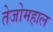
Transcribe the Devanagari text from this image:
तेजोमहाल